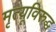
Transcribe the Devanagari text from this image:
मृत्यूविरुद्ध